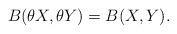
LaTeX: \begin{align*} B(\theta X, \theta Y) = B(X,Y) .\end{align*}